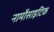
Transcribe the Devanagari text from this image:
नार्मोसाइटिक